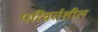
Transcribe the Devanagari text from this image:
परिवर्तशील